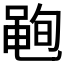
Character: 𮮣